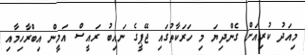
މިއަދު ކުރިއަށް ގެންދިޔަ މި ހަރަކާތުގައި ޖޭޕީގެ ނައިބު ރައީސް އަމީން އިބްރާހިމާއި